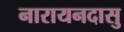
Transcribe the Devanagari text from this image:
नारायनदासु